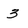
Character: 3